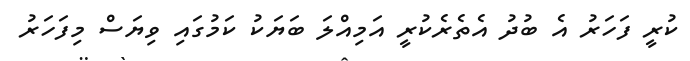
ކުރީ ފަހަރު އެ ބުދު އެތެރެކުރީ އަމިއްލަ ބަޔަކު ކަމުގައި ވިޔަސް މިފަހަރު